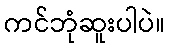
ကင်ဘုံဆူးပါပဲ။